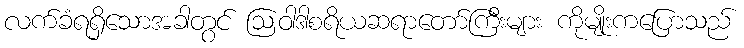
လက်ခံရရှိသောအခါတွင် ဩဝါဒါစရိယဆရာတော်ကြီးများ ကိုမျိုးကပြောသည်